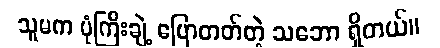
သူမက ပုံကြီးချဲ့ ပြောတတ်တဲ့ သဘော ရှိတယ်။